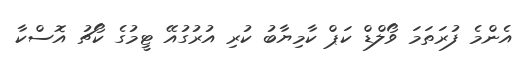
އެންމެ ފުރަތަމަ ވޯލްޑް ކަޕް ކާމިޔާބު ކުރި އުރުގުއޭ ޓީމުގެ ކޯޗު އޮސްކާ